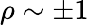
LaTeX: \rho\sim\pm 1